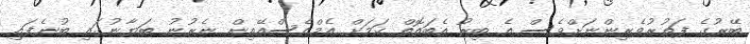
ބޭރުގެ ފަތުރުވެރިންނަށްވެސް އެ ބިރު އެބައޮތް ކަމަށް އެމްއެސްއޭއިން ނެރުނު ބަޔާނުގައި ބުނެފައި